Lunatic asylums United Provinces 1909-1921 - 1909-1921
Year: 1909
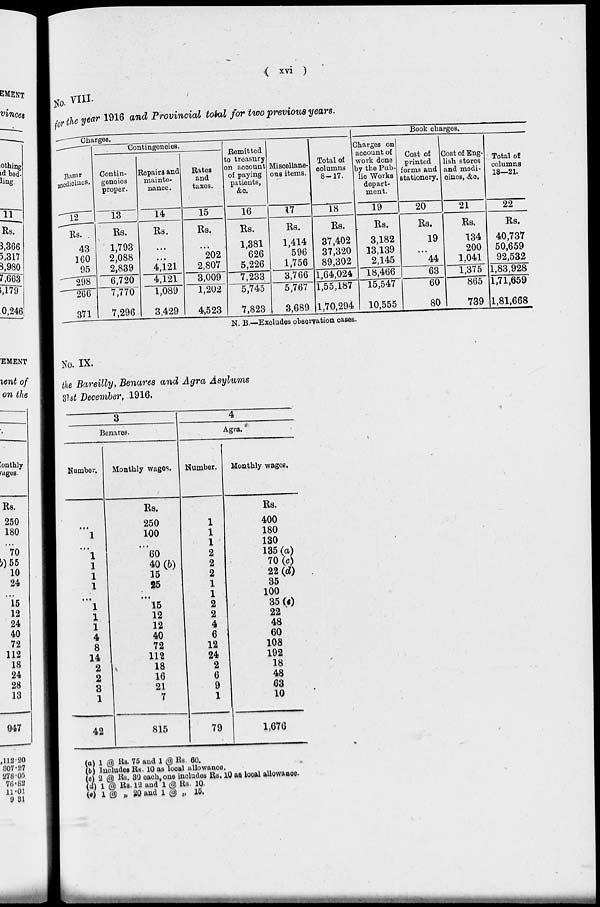
( xvi )
No. VIII.
for the year 1916 and Provincial total for two previous years.
Charges.
Bazar
medicines.
12
Rs.
43
160
95
298
266
371
Contingencies.
Contin-
gencies
proper.
13
Rs.
1,793
2,088
2,839
6,720
7,770
7,296
Repairs and
mainte-
nance.
14
Rs.
...
...
4,121
4,121
1,089
3,429
Rates
and
taxes.
15
Rs.
...
202
2,807
3,009
1,202
4,523
Remitted
to treasury
on account
of paying
patients,
&c.
16
Rs.
1,381
626
5,226
7,233
5,745
7,823
Miscellane-
ous items.
17
Rs.
1,414
596
1,756
3,766
5,767
3,689
Total of
columns
8-17.
18
Rs.
37,402
37,320
89,302
1,64,024
1,55,187
1,70,294
Book charges.
Charges on
account of
work done
by the Pub-
lic Works
depart-
ment.
19
Rs.
3,182
13,139
2,145
18,466
15,547
10,555
Cost of
printed
forms and
stationery.
20
Rs.
19
...
44
63
60
80
Cost of Eng-
lish stores
and medi-
cines, &c.
21
Rs.
134
200
1,041
1,375
865
739
Total of
columns
18—21.
22
Rs.
40,737
50,659
92,532
1,83,928
1,71,659
1,81,668
N. B.—Excludes observation cases.
No. IX.
the Bareilly, Benares and Agra Asylums
31st December, 1916.
3
Benares.
Number.
...
1
...
1
1
1
1
...
1
1
1
4
8
14
2
2
3
1
42
Monthly wages.
Rs.
250
100
...
60
40(b)
15
25
...
15
12
12
40
72
112
18
16
21
7
815
4
Agra.
Number.
1
1
1
2
2
2
1
1
2
2
4
6
12
24
2
6
9
1
79
Monthly wages.
Rs.
400
180
130
135 (a)
70(c)
22(d)
35
100
35(e)
22
48
60
108
192
18
48
63
10
1,676
(a)
(b)
(c)
(d)
(e)
1 @ Rs. 75 and 1 @ Rs. 60.
Includes Rs. 10 as local allowance.
2 @ Rs. 30 each, one includes Rs. 10 as local allowance.
1 @ Rs. 12 and 1 @ Rs. 10.
1 @ „ 20 and 1 @ „ 15.